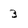
Character: 3